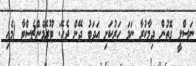
ނަސްލީ ގޮތުން ދިމާކުރާ ނަމަ ހަރުކަށި އަދަބު ދޭން ޖެހޭ: ޓޫރޭމެންޗެސްޓާ (މެއި